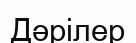
Дәрілер